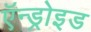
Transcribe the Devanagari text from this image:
ऍन्ड्रोइड